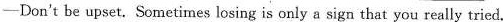
-Don't be upset. Sometimes losing is only a sign that you really tried.